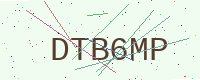
Text: DTB6MP